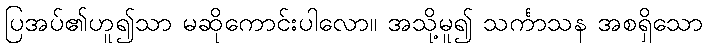
ပြအပ်၏ဟူ၍သာ မဆိုကောင်းပါလော။ အသို့မူ၍ သင်္ကာသန အစရှိသော